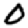
Digit: 0